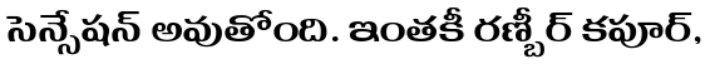
సెన్సేషన్ అవుతోంది. ఇంతకీ రణ్బీర్ కపూర్,